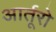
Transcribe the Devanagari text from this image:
आर्तूरो